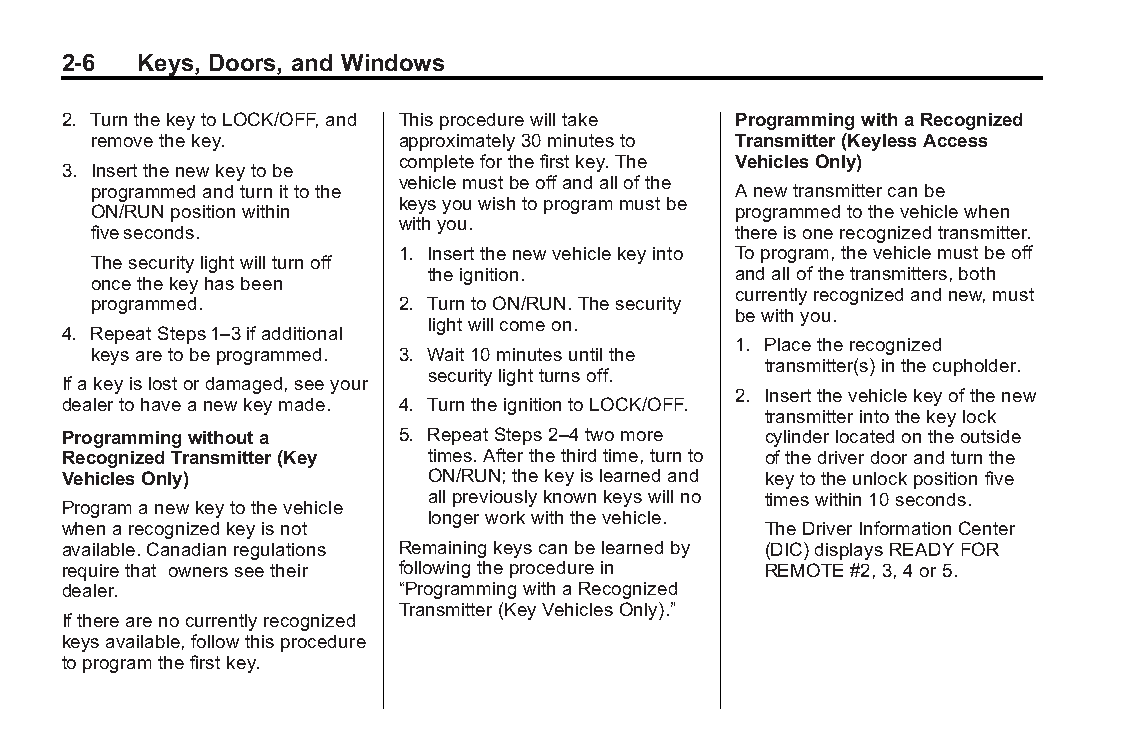
Buick LaCrosse Owner Manual (GMNA-Localizing-U.S./Canada/Mexico- Blackplate(6,1)
 6043609)-2014-2ndEdition-10/24/13
 2-6  Keys, Doors, and Windows
 2. TurnthekeytoLOCK/OFF,and Thisprocedurewilltake ProgrammingwithaRecognized
 removethekey.       approximately30minutesto Transmitter(KeylessAccess
 completeforthefirstkey.The VehiclesOnly)
 3. Insertthenewkeytobe
 vehiclemustbeoffandallofthe
 programmedandturnittothe                  Anewtransmittercanbe
 keysyouwishtoprogrammustbe
 ON/RUNpositionwithin                      programmedtothevehiclewhen
 withyou.
 fiveseconds.                              thereisonerecognizedtransmitter.
 1. Insertthenewvehiclekeyinto Toprogram,thevehiclemustbeoff
 Thesecuritylightwillturnoff
 theignition.        andallofthetransmitters,both
 oncethekeyhasbeen
 currentlyrecognizedandnew,must
 programmed.         2. TurntoON/RUN.Thesecurity
 bewithyou.
 lightwillcomeon.
 4. RepeatSteps1–3ifadditional
 1. Placetherecognized
 keysaretobeprogrammed. 3. Wait10minutesuntilthe
 transmitter(s)inthecupholder.
 securitylightturnsoff.
 Ifakeyislostordamaged,seeyour
 2. Insertthevehiclekeyofthenew
 dealertohaveanewkeymade. 4. TurntheignitiontoLOCK/OFF.
 transmitterintothekeylock
 Programmingwithouta   5. RepeatSteps2–4twomore cylinderlocatedontheoutside
 RecognizedTransmitter(Key times.Afterthethirdtime,turnto ofthedriverdoorandturnthe
 VehiclesOnly)           ON/RUN;thekeyislearnedand keytotheunlockpositionfive
 allpreviouslyknownkeyswillno timeswithin10seconds.
 Programanewkeytothevehicle
 longerworkwiththevehicle.
 whenarecognizedkeyisnot                       TheDriverInformationCenter
 available.Canadianregulations Remainingkeyscanbelearnedby (DIC)displaysREADYFOR
 requirethat ownersseetheir followingtheprocedurein REMOTE#2,3,4or5.
 dealer.               “ProgrammingwithaRecognized
 Transmitter(KeyVehiclesOnly).”
 Iftherearenocurrentlyrecognized
 keysavailable,followthisprocedure
 toprogramthefirstkey.